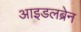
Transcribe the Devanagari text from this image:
आइडलब्रेन